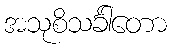
အသုစိသင်္ခါတော